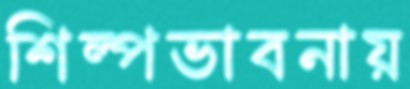
শিল্পভাবনায়